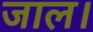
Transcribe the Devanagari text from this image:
जाल।